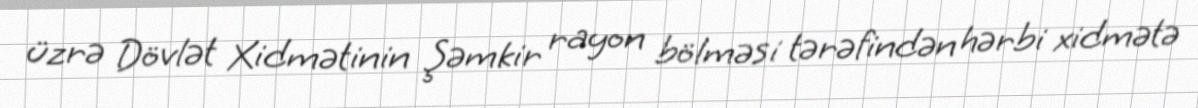
üzrə Dövlət Xidmətinin Şəmkir rayon bölməsi tərəfindən hərbi xidmətə